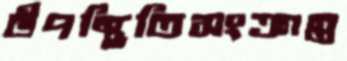
উপস্থিতিসংক্রান্ত